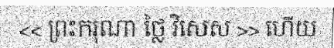
<< ព្រះករុណា ថ្លៃ វិសេស >> ហើយ